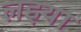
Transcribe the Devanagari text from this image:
लइया